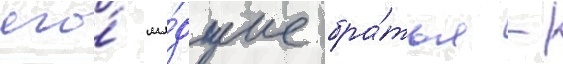
его́ мла́дшие бра́тья -